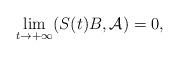
LaTeX: \begin{align*}\lim_{t\rightarrow+\infty}(S(t)B,\mathcal A) = 0,\end{align*}